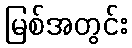
မြစ်အတွင်း